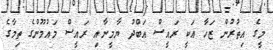
މީގެ އިތުރުން ޒަހާ އަކީ ރައީސް އަބްދު ޔާމީނާއި ރައީސް މައުމޫންގެ ތިމާގެ